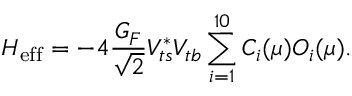
{ \cal H } _ { \mathrm { e f f } } = - 4 \frac { G _ { F } } { \sqrt { 2 } } V _ { t s } ^ { * } V _ { t b } \sum _ { i = 1 } ^ { 1 0 } C _ { i } ( \mu ) { \cal O } _ { i } ( \mu ) .